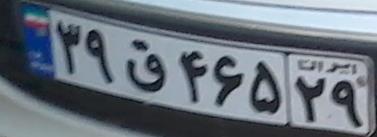
۳۹ق۴۶۵۲۹